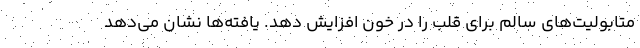
متابولیت‌های سالم برای قلب را در خون افزایش دهد. یافته‌ها نشان می‌دهد